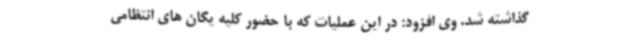
گذاشته شد. وی افزود: در این عملیات که با حضور کلیه یگان های انتظامی